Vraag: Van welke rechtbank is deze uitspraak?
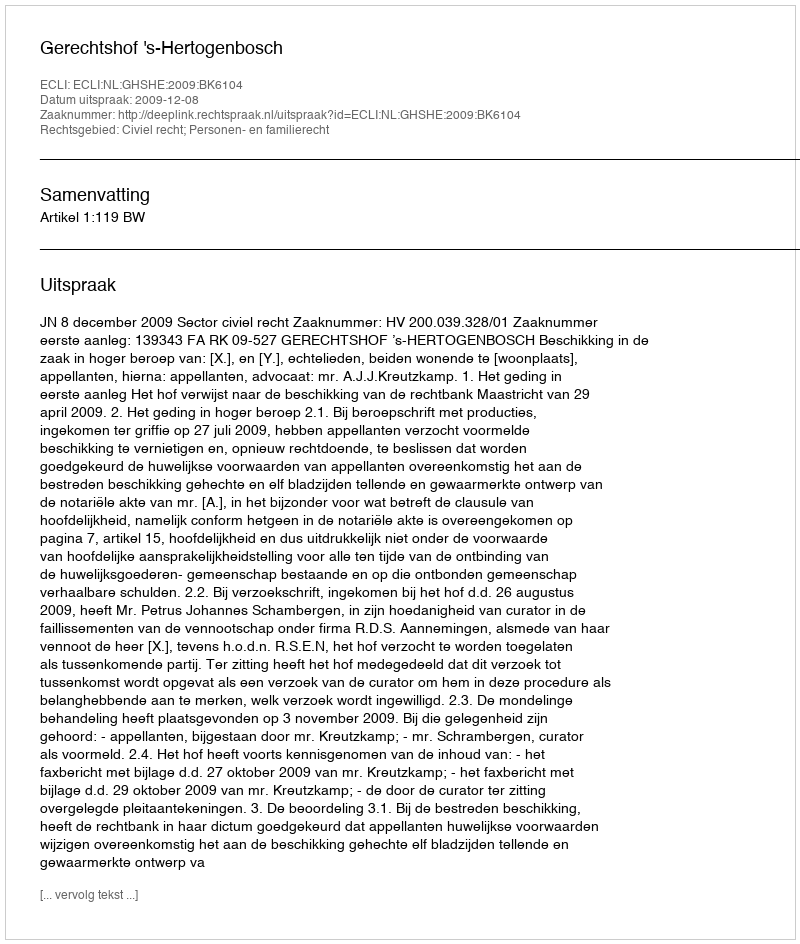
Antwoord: Gerechtshof 's-Hertogenbosch